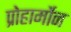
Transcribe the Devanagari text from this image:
प्रोहार्मोन